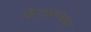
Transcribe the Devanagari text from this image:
विस्तारण्यास